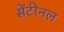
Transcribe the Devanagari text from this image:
सेंटीनल